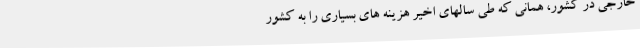
خارجی در کشور، همانی که طی سالهای اخیر هزینه های بسیاری را به کشور